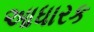
આધારક